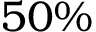
5 0 \%